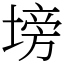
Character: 塝